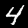
Digit: 4